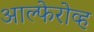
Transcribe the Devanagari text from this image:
आल्फेरोव्ह